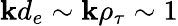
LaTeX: \mathbf{k}d_{e}\sim\mathbf{k}\rho_{\tau}\sim1